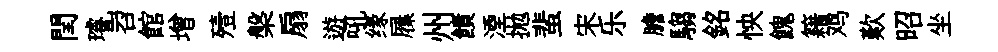
閏璿岧館增殪槃扇遊吼缘屧州饋湮拋蜚宋乐膽騶銘怏餽籍鸡歎昭坐